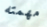
مهمته